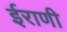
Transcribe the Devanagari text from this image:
ईराणी